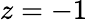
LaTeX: z=-1